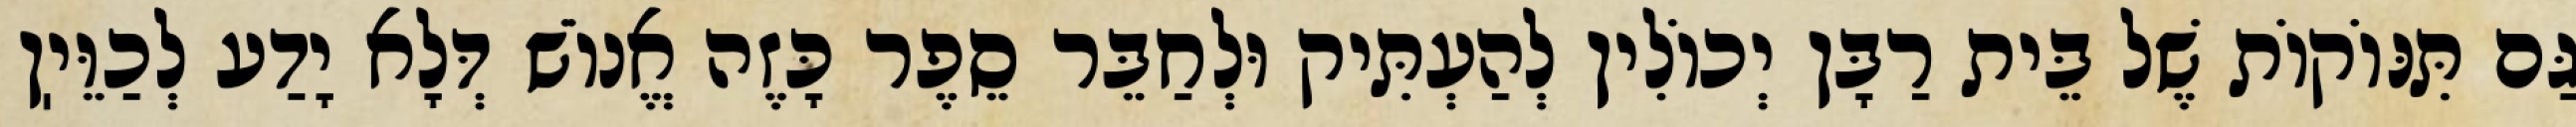
גַּם תִּנּוֹקוֹת שֶׁל בֵּית רַבָּן יְכוֹלִין לְהַעְתִּיק וּלְחַבֵּר סֵפֶר כָּזֶה אֱנוֹשׁ דְּלָא יָדַע לְכַוֵּיֽן